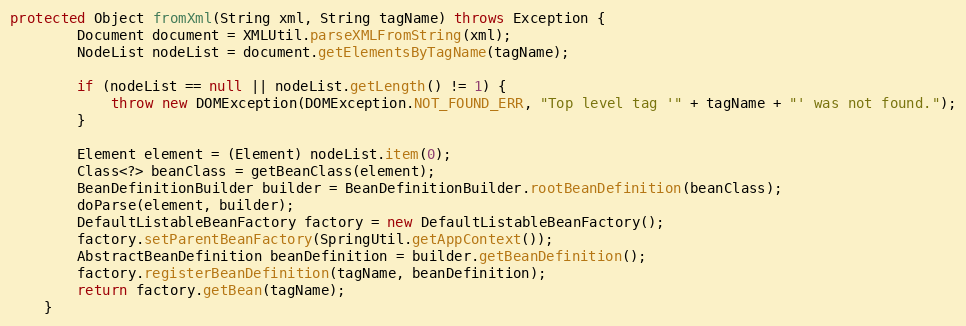
Language: Java
protected Object fromXml(String xml, String tagName) throws Exception {
        Document document = XMLUtil.parseXMLFromString(xml);
        NodeList nodeList = document.getElementsByTagName(tagName);

        if (nodeList == null || nodeList.getLength() != 1) {
            throw new DOMException(DOMException.NOT_FOUND_ERR, "Top level tag '" + tagName + "' was not found.");
        }

        Element element = (Element) nodeList.item(0);
        Class<?> beanClass = getBeanClass(element);
        BeanDefinitionBuilder builder = BeanDefinitionBuilder.rootBeanDefinition(beanClass);
        doParse(element, builder);
        DefaultListableBeanFactory factory = new DefaultListableBeanFactory();
        factory.setParentBeanFactory(SpringUtil.getAppContext());
        AbstractBeanDefinition beanDefinition = builder.getBeanDefinition();
        factory.registerBeanDefinition(tagName, beanDefinition);
        return factory.getBean(tagName);
    }